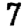
Digit: 7